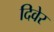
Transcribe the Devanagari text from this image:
दिवेर